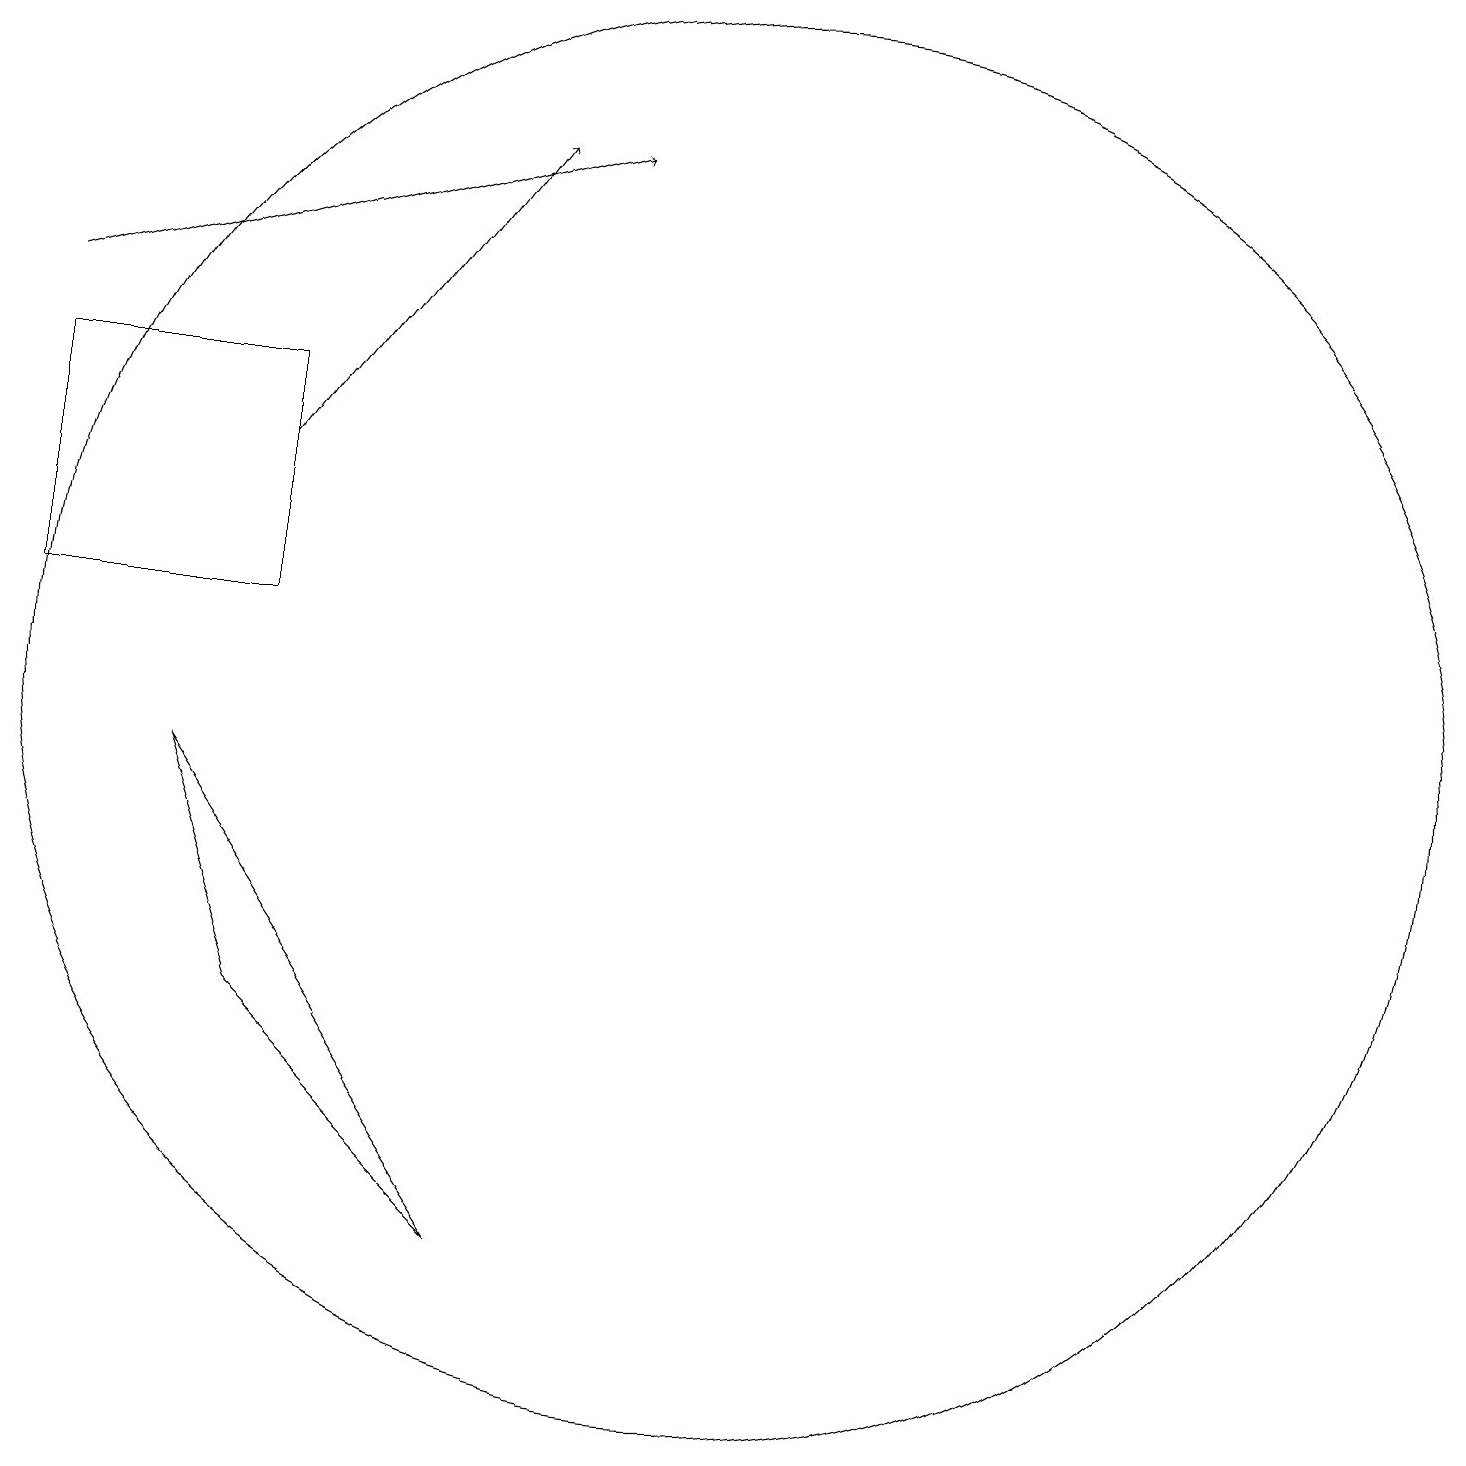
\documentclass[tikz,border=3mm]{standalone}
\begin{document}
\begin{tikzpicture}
\draw (10,10) circle (9);
\draw[->] (1,15) -- (8,17);
\draw (3,9) -- (7,3) -- (4,6) -- cycle;
\draw (1,14) rectangle (4,11);
\draw[->] (4,13) -- (7,17);
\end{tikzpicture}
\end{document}